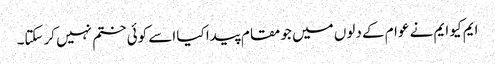
ایم کیو ایم نے عوام کے دلوں میں جو مقام پیدا کیا اسے کوئی ختم نہیں کرسکتا۔